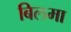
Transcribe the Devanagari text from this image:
बिलमा